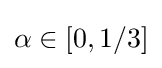
\alpha \in [0,1/3]